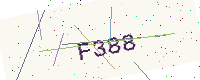
Text: F388